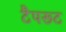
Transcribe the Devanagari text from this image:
टैपरूट